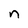
Character: n